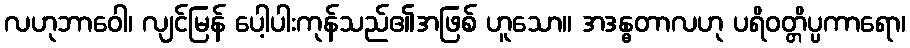
လဟုဘာဝေါ၊ လျင်မြန် ပေါ့ပါးကုန်သည်၏အဖြစ် ဟူသော။ အဒန္ဓတာလဟု ပရိဝတ္တိပ္ပကာရော၊